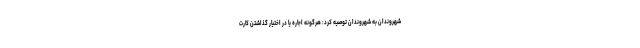
شهروندان به شهروندان توصیه کرد: هرگونه اجاره یا در اختیار گذاشتن کارت